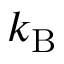
k _ { \mathrm { B } }